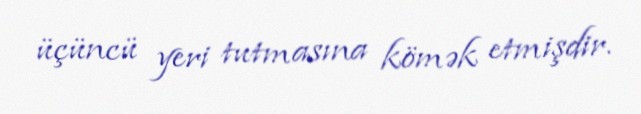
üçüncü yeri tutmasına kömək etmişdir.